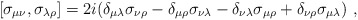
\begin{align*}[\sigma_{\mu\nu},\sigma_{\lambda\rho}]=2i(\delta_{\mu\lambda}\sigma_{\nu\rho}-\delta_{\mu\rho}\sigma_{\nu\lambda}-\delta_{\nu\lambda}\sigma_{\mu\rho}+\delta_{\nu\rho}\sigma_{\mu\lambda}) \ ,\end{align*}